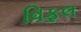
વિફલ